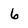
Character: 6